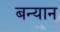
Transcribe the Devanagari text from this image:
बन्यान